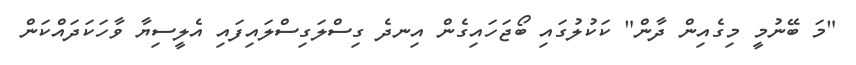
"މަ ބޭނުމީ މިގެއިން ދާން" ކަކުލުގައި ބޯޖަހައިގެން އިނދެ ގިސްލަގިސްލައިފައި އެލީސިޔާ ވާހަކަދައްކަން